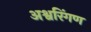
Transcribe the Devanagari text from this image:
अश्वरिंगण